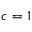
c = 1